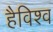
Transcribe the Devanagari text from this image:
हैविश्व